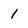
Character: 1